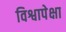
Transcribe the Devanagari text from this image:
विश्वापेक्षा